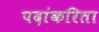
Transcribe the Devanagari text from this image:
पदांकरिता